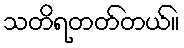
သတိရတတ်တယ်။